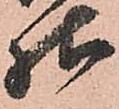
様